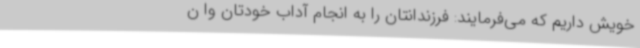
خویش داریم که می‌فرمایند: فرزندانتان را به انجام آداب خودتان وا ن